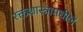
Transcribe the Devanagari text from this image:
रक्तशास्त्रामधील